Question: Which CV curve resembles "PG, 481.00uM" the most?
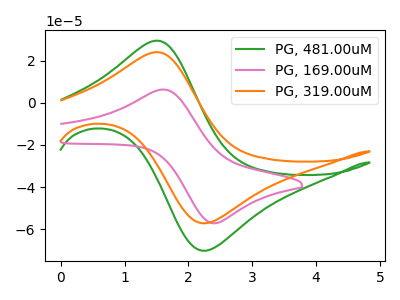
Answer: <think>The green curve "PG, 481.00uM" has an anodic peak at (1.50V, 29.45uA) and a cathodic peak at (2.30V, -70.10uA). The pink curve "PG, 169.00uM" has an anodic peak at (1.60V, 6.30uA) and a cathodic peak at (2.40V, -57.15uA). The orange curve "PG, 319.00uM" has an anodic peak at (1.50V, 24.00uA) and a cathodic peak at (2.30V, -57.10uA).
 "PG, 481.00uM" and "PG, 169.00uM" have at least one peak that do not match. All the peaks in "PG, 481.00uM" have a peak in "PG, 319.00uM" at the same potential. Every peak in "PG, 481.00uM" is higher than every peak in "PG, 319.00uM". "PG, 169.00uM" and "PG, 319.00uM" have at least one peak that do not match.</think>
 <answer>The CV with the most similar shape to "PG, 319.00uM" is "PG, 481.00uM".</answer>
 <eval>"PG, 481.00uM"</eval>